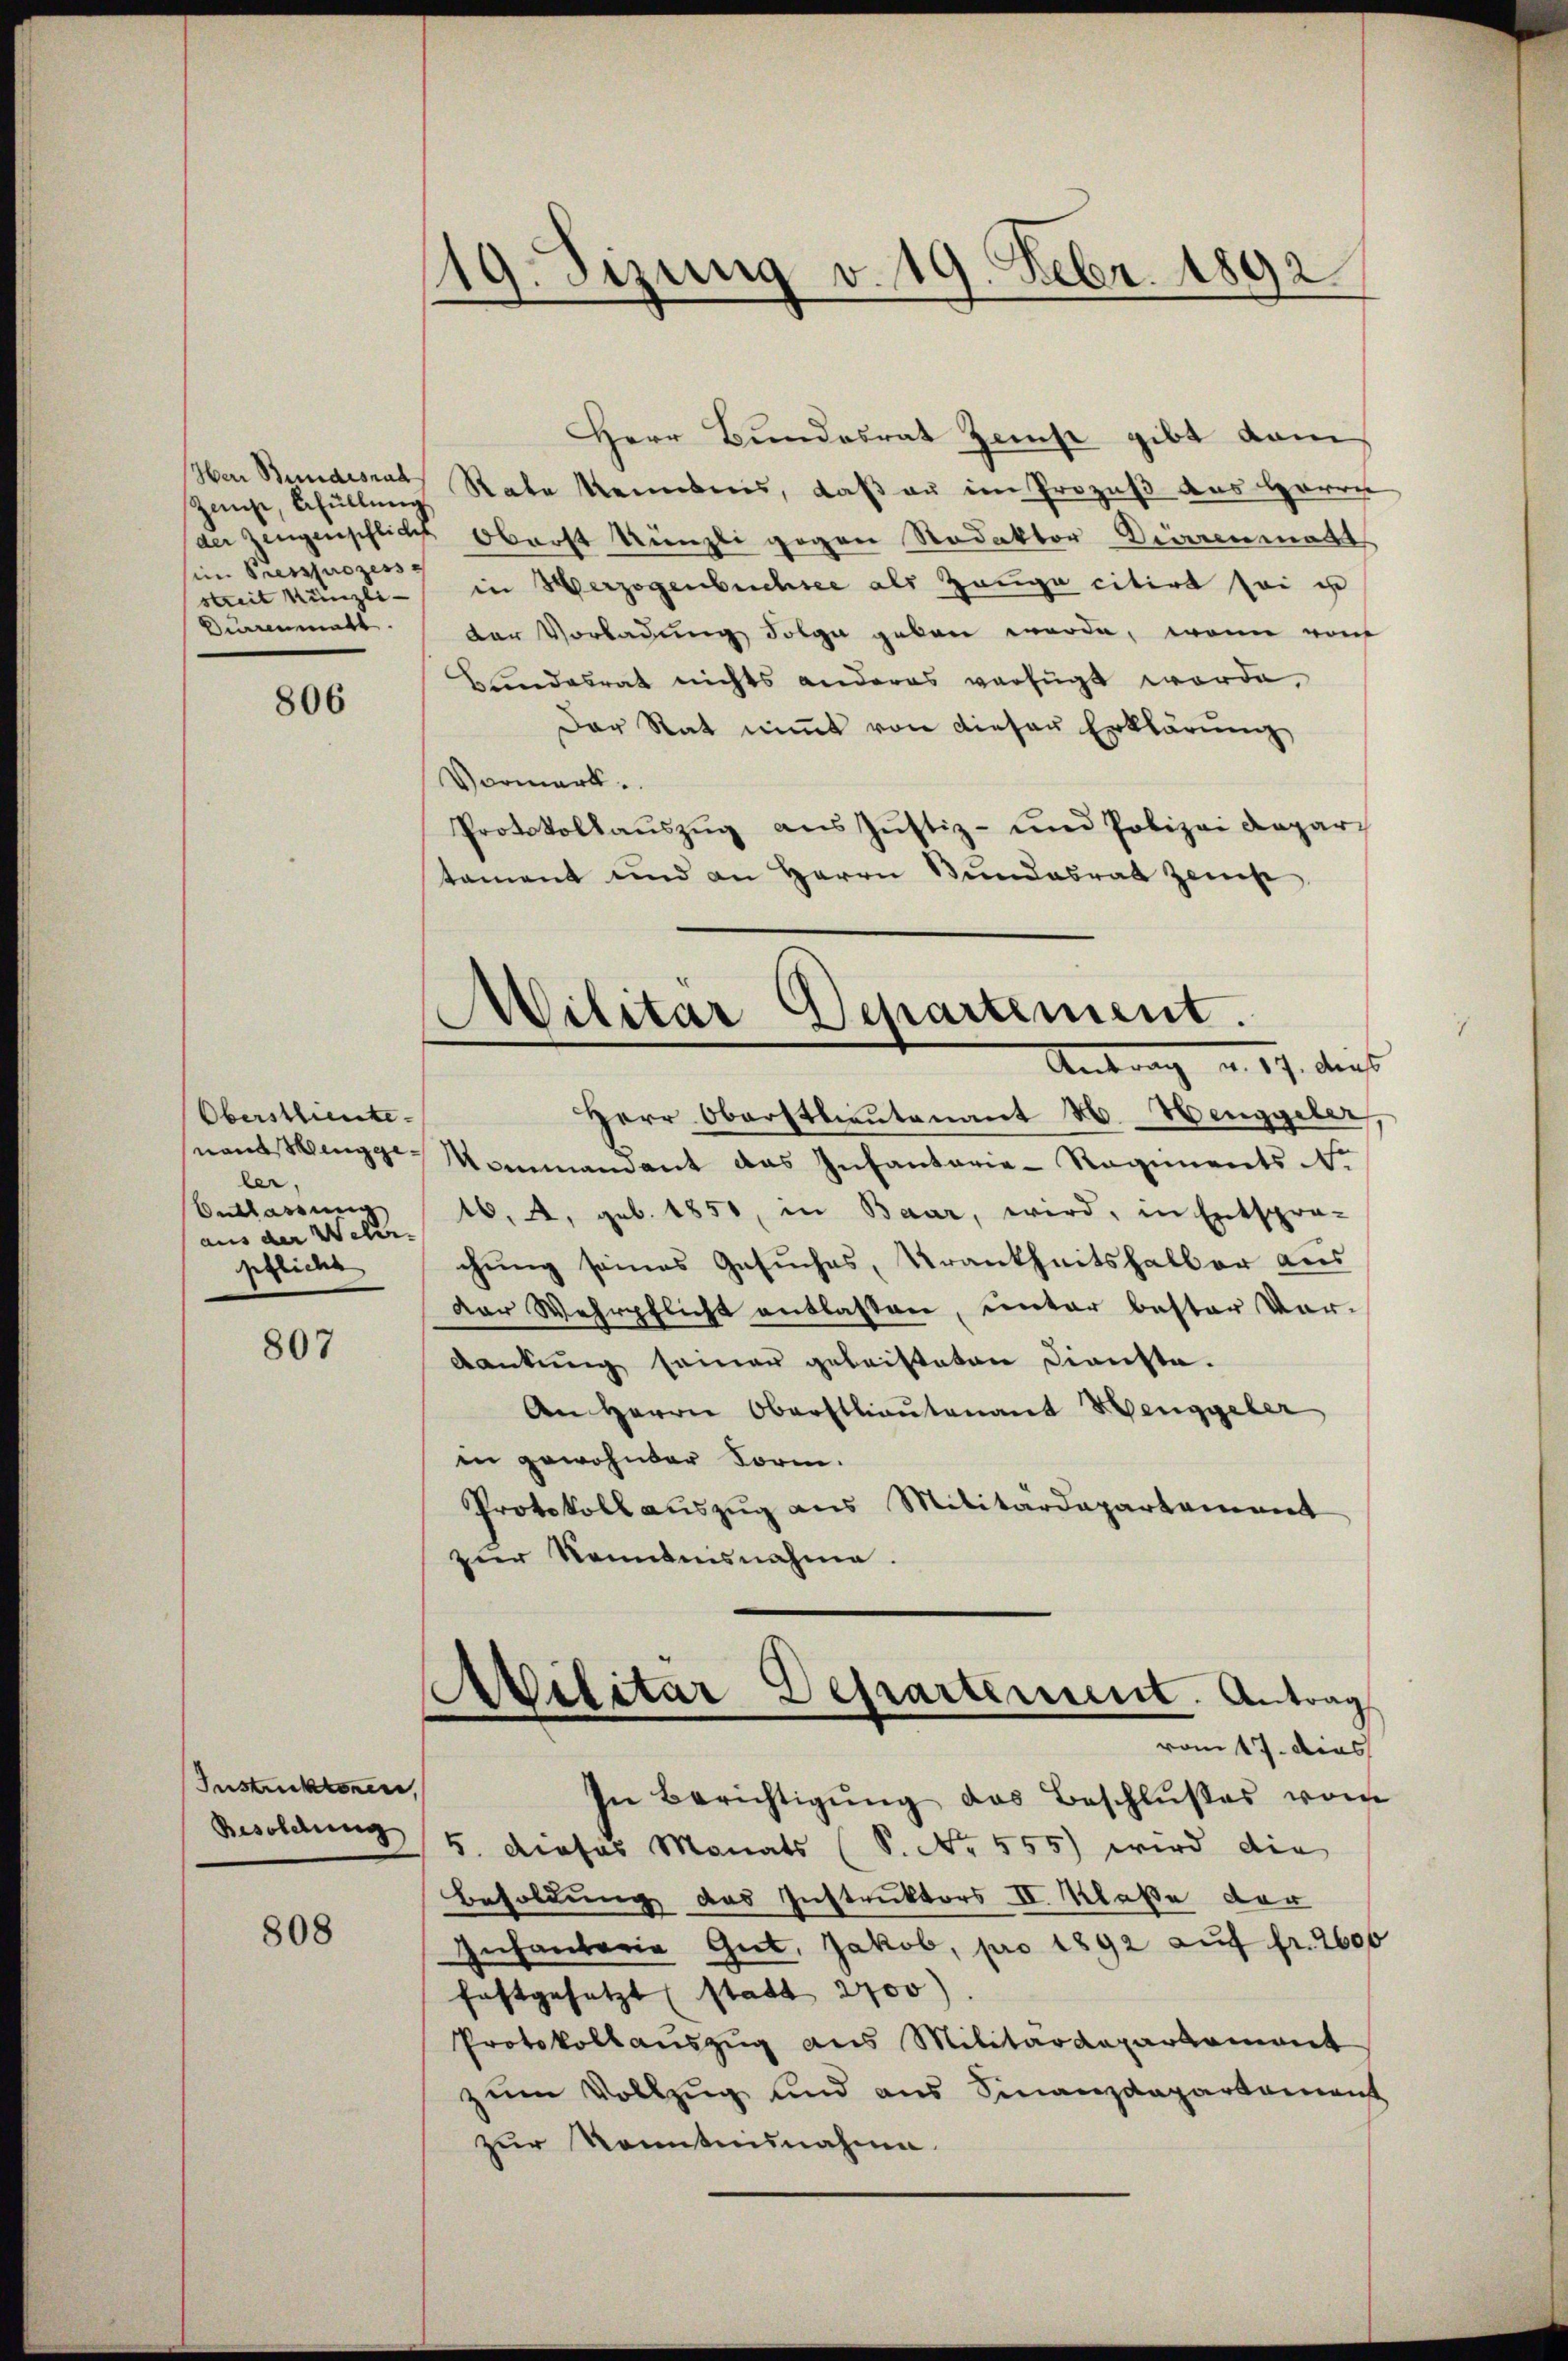
zange, behüllung
siin Preissuozess
Durrenmatt.

806

Oberstlieute
ler,
Entlassung
aus der Weber
pflicht

807

Instruckkonen,
Besoldung

808

19. Sizung v. 19. Febr. 1892.

Herr Bundesrat Zinse gibt vom
Ien Bundesrat Rate kenntnis, daß an im Prozeß aus Herrn
an Zeugenschlicht Oberst Künzli gegen Redaktor Dirrenmatt
streit Künzli in Herzogenbuchsee als Zeuge citirt sei u
der Vorladung Folge geben werde, wenn von
Blindesrat nichts anderes verfügt worde,
Der Rat nimmt von dieser Erklärung
Vormerk.
Protokollauszug aus Justiz- und Polizei Depar
tament und an Herrn Bundesrat zei
nant singe Mommandant das Infantarie-Regiments S.
16, 4, geb. 1850, in Baar, wird, in Entspra-
chung seines Gesuches, Krankheitshalber aus
dor Wehrpflicht entlassen, unter bester Vor-
dankung seiner geleisteten Dienste.
An Herrn Oberstlieutenant Henggeler
in gewohner Form.
Protokoll auszug aus Militärdepartement
zur Kenntnisnahme.
Avilitar Departement. Antrags
vom 17. dies
In Berichtigŭng des Beschlußes vom
5. dieses Monats (S. Nr. 555) wird die
Besoldung des Instruktors II. Klaße der
Infantaria Gut, Jakob, pro 1892 auf fr. 2600
festgesetzt (statt 2000)
Protokollauszug aus Militärdepartament
zum Vollzug und aus Finanzdepartament
zur Kenntnisnahme.

Militar Departement.
Antrag a. 17. ders
Herr Oberstlieutenant M. Henggeler